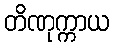
တိဏုက္ကာယ